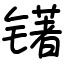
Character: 䦃